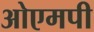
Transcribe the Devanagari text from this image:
ओएमपी